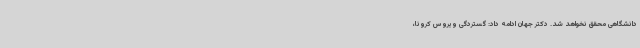
دانشگاهی محقق نخواهد شد. دکتر جهان ادامه داد: گستردگی ویروس کرونا،